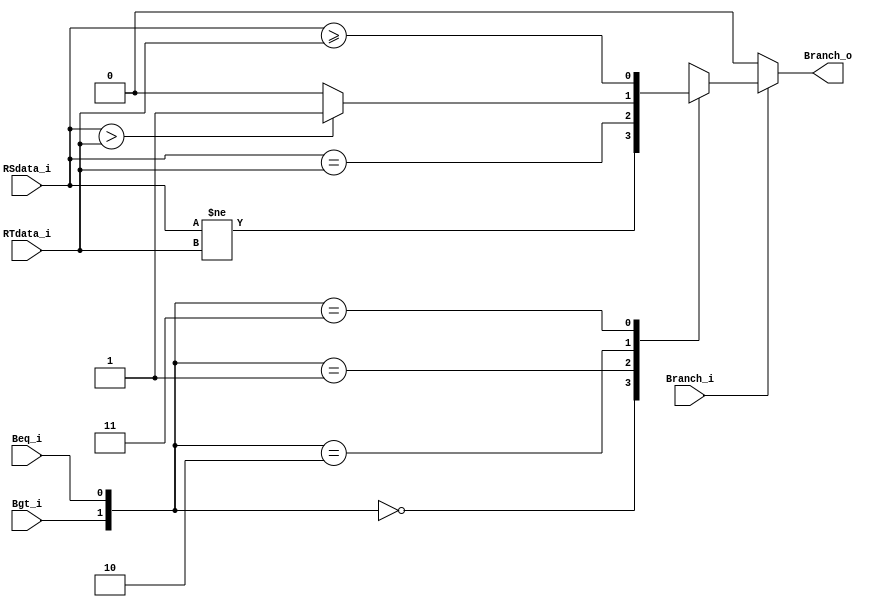
//studentID: 109550094
//Subject:     CO project 2 - ALU Controller
//--------------------------------------------------------------------------------
//Version:     1
//--------------------------------------------------------------------------------
//Writer:      
//----------------------------------------------
//Date:        
//----------------------------------------------
//Description: 
//--------------------------------------------------------------------------------

module Branch_Check(
          Branch_i,
          Beq_i,
          Bgt_i,
          RSdata_i,
          RTdata_i,
          Branch_o
          );
          
//I/O ports 
input          Branch_i;
input          Beq_i;
input          Bgt_i;
input [32-1:0] RSdata_i;
input [32-1:0] RTdata_i;

output     Branch_o;    
     
//Internal Signals
reg        Branch_o;


//Parameter

       
//Select exact operation
always @(*)begin
    if(Branch_i) begin
        case ({Bgt_i,Beq_i})
            2'b00: Branch_o <= (RSdata_i != RTdata_i);  //bne
            2'b01: Branch_o <= (RSdata_i == RTdata_i);  //beq
            2'b10: Branch_o <= (RSdata_i >  RTdata_i) ? 1 : 0;  //bgt
            2'b11: Branch_o <= (RSdata_i >= RTdata_i);  //bge
        endcase
    end
    else Branch_o <= 0;
end


endmodule